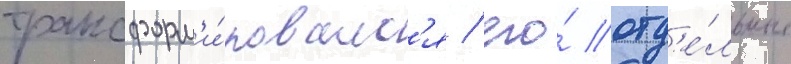
трансформ'и́ровалс'я / его́ отд'е́льные